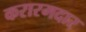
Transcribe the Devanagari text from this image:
करारमदार